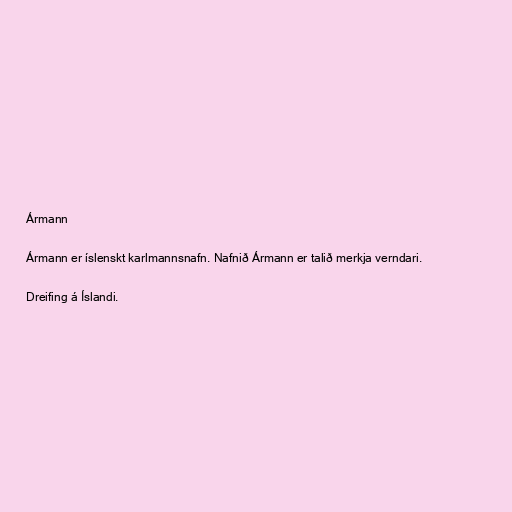
Ármann

Ármann er íslenskt karlmannsnafn. Nafnið Ármann er talið merkja verndari.

Dreifing á Íslandi.